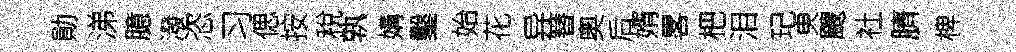
勛涕臆潑恣习偲按稅孰媾鑿始花异簮奧后婿畧杷泪玘㬰颼社臍椑